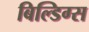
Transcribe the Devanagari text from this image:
बिल्डिग्स